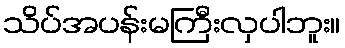
သိပ်အပန်းမကြီးလှပါဘူး။